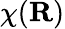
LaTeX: \chi(\mathbf{R})